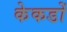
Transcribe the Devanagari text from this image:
केकडों